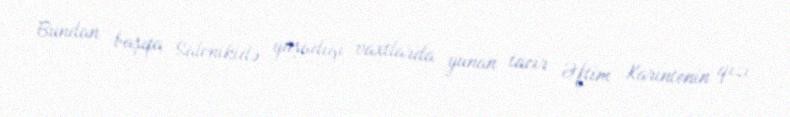
Bundan başqa Salonikidə yaşadığı vaxtlarda yunan tacir Əftim Karintenin qızı